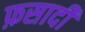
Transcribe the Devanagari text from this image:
फ़सादी